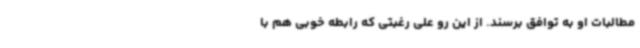
مطالبات او به توافق برسند. از این رو علی رغبتی که رابطه خوبی هم با